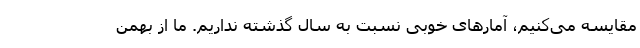
مقایسه می‌کنیم، آمارهای خوبی نسبت به سال گذشته نداریم. ما از بهمن